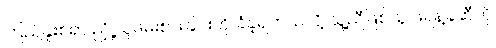
ကြည်နူးစရာ ညှို့ယူဖမ်းစားခြင်းကို ခံခဲ့ရတယ်လို့ သူ့ညီဖြစ်သူ ဖရန့်ခ်ဆီကို